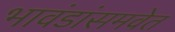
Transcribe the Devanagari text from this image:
भावंडांसमवेत